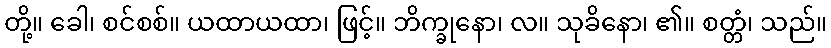
တို့။ ခေါ၊ စင်စစ်။ ယထာယထာ၊ ဖြင့်။ ဘိက္ခုနော၊ လ။ သုခိနော၊ ၏။ စတ္တံ၊ သည်။